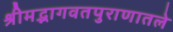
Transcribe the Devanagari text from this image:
श्रीमद्भागवतपुराणातले